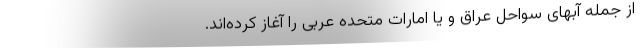
از جمله آبهای سواحل عراق و یا امارات متحده عربی را آغاز کرده‌اند.